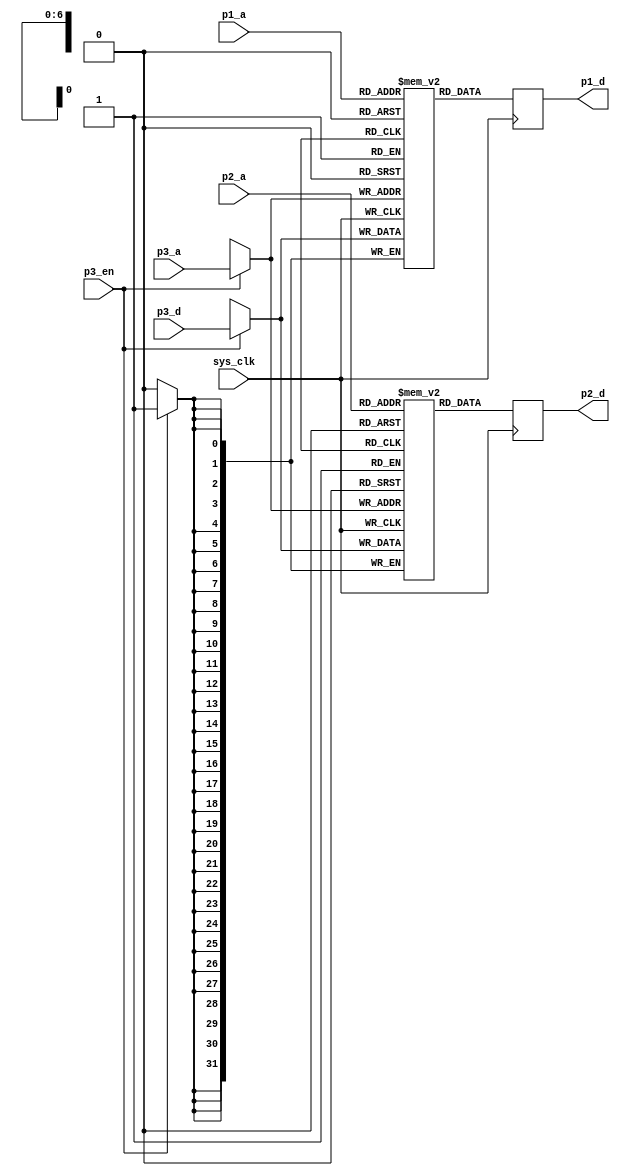
module pfpu_tpram(
	input sys_clk,
	
	input [6:0] p1_a,
	output reg [31:0] p1_d,
	
	input [6:0] p2_a,
	output reg [31:0] p2_d,
	
	input p3_en,
	input [6:0] p3_a,
	input [31:0] p3_d
);

/*
 * Duplicate the contents over two dual-port BRAMs
 *       Port A(WO)   Port B(RO)
 * Mem1     P3           P1
 * Mem2     P3           P2
 */

reg [31:0] mem1[0:127];
always @(posedge sys_clk) begin
	if(p3_en)
		mem1[p3_a] <= p3_d;
	p1_d <= mem1[p1_a];
end

reg [31:0] mem2[0:127];
always @(posedge sys_clk) begin
	if(p3_en)
		mem2[p3_a] <= p3_d;
	p2_d <= mem2[p2_a];
end

endmodule